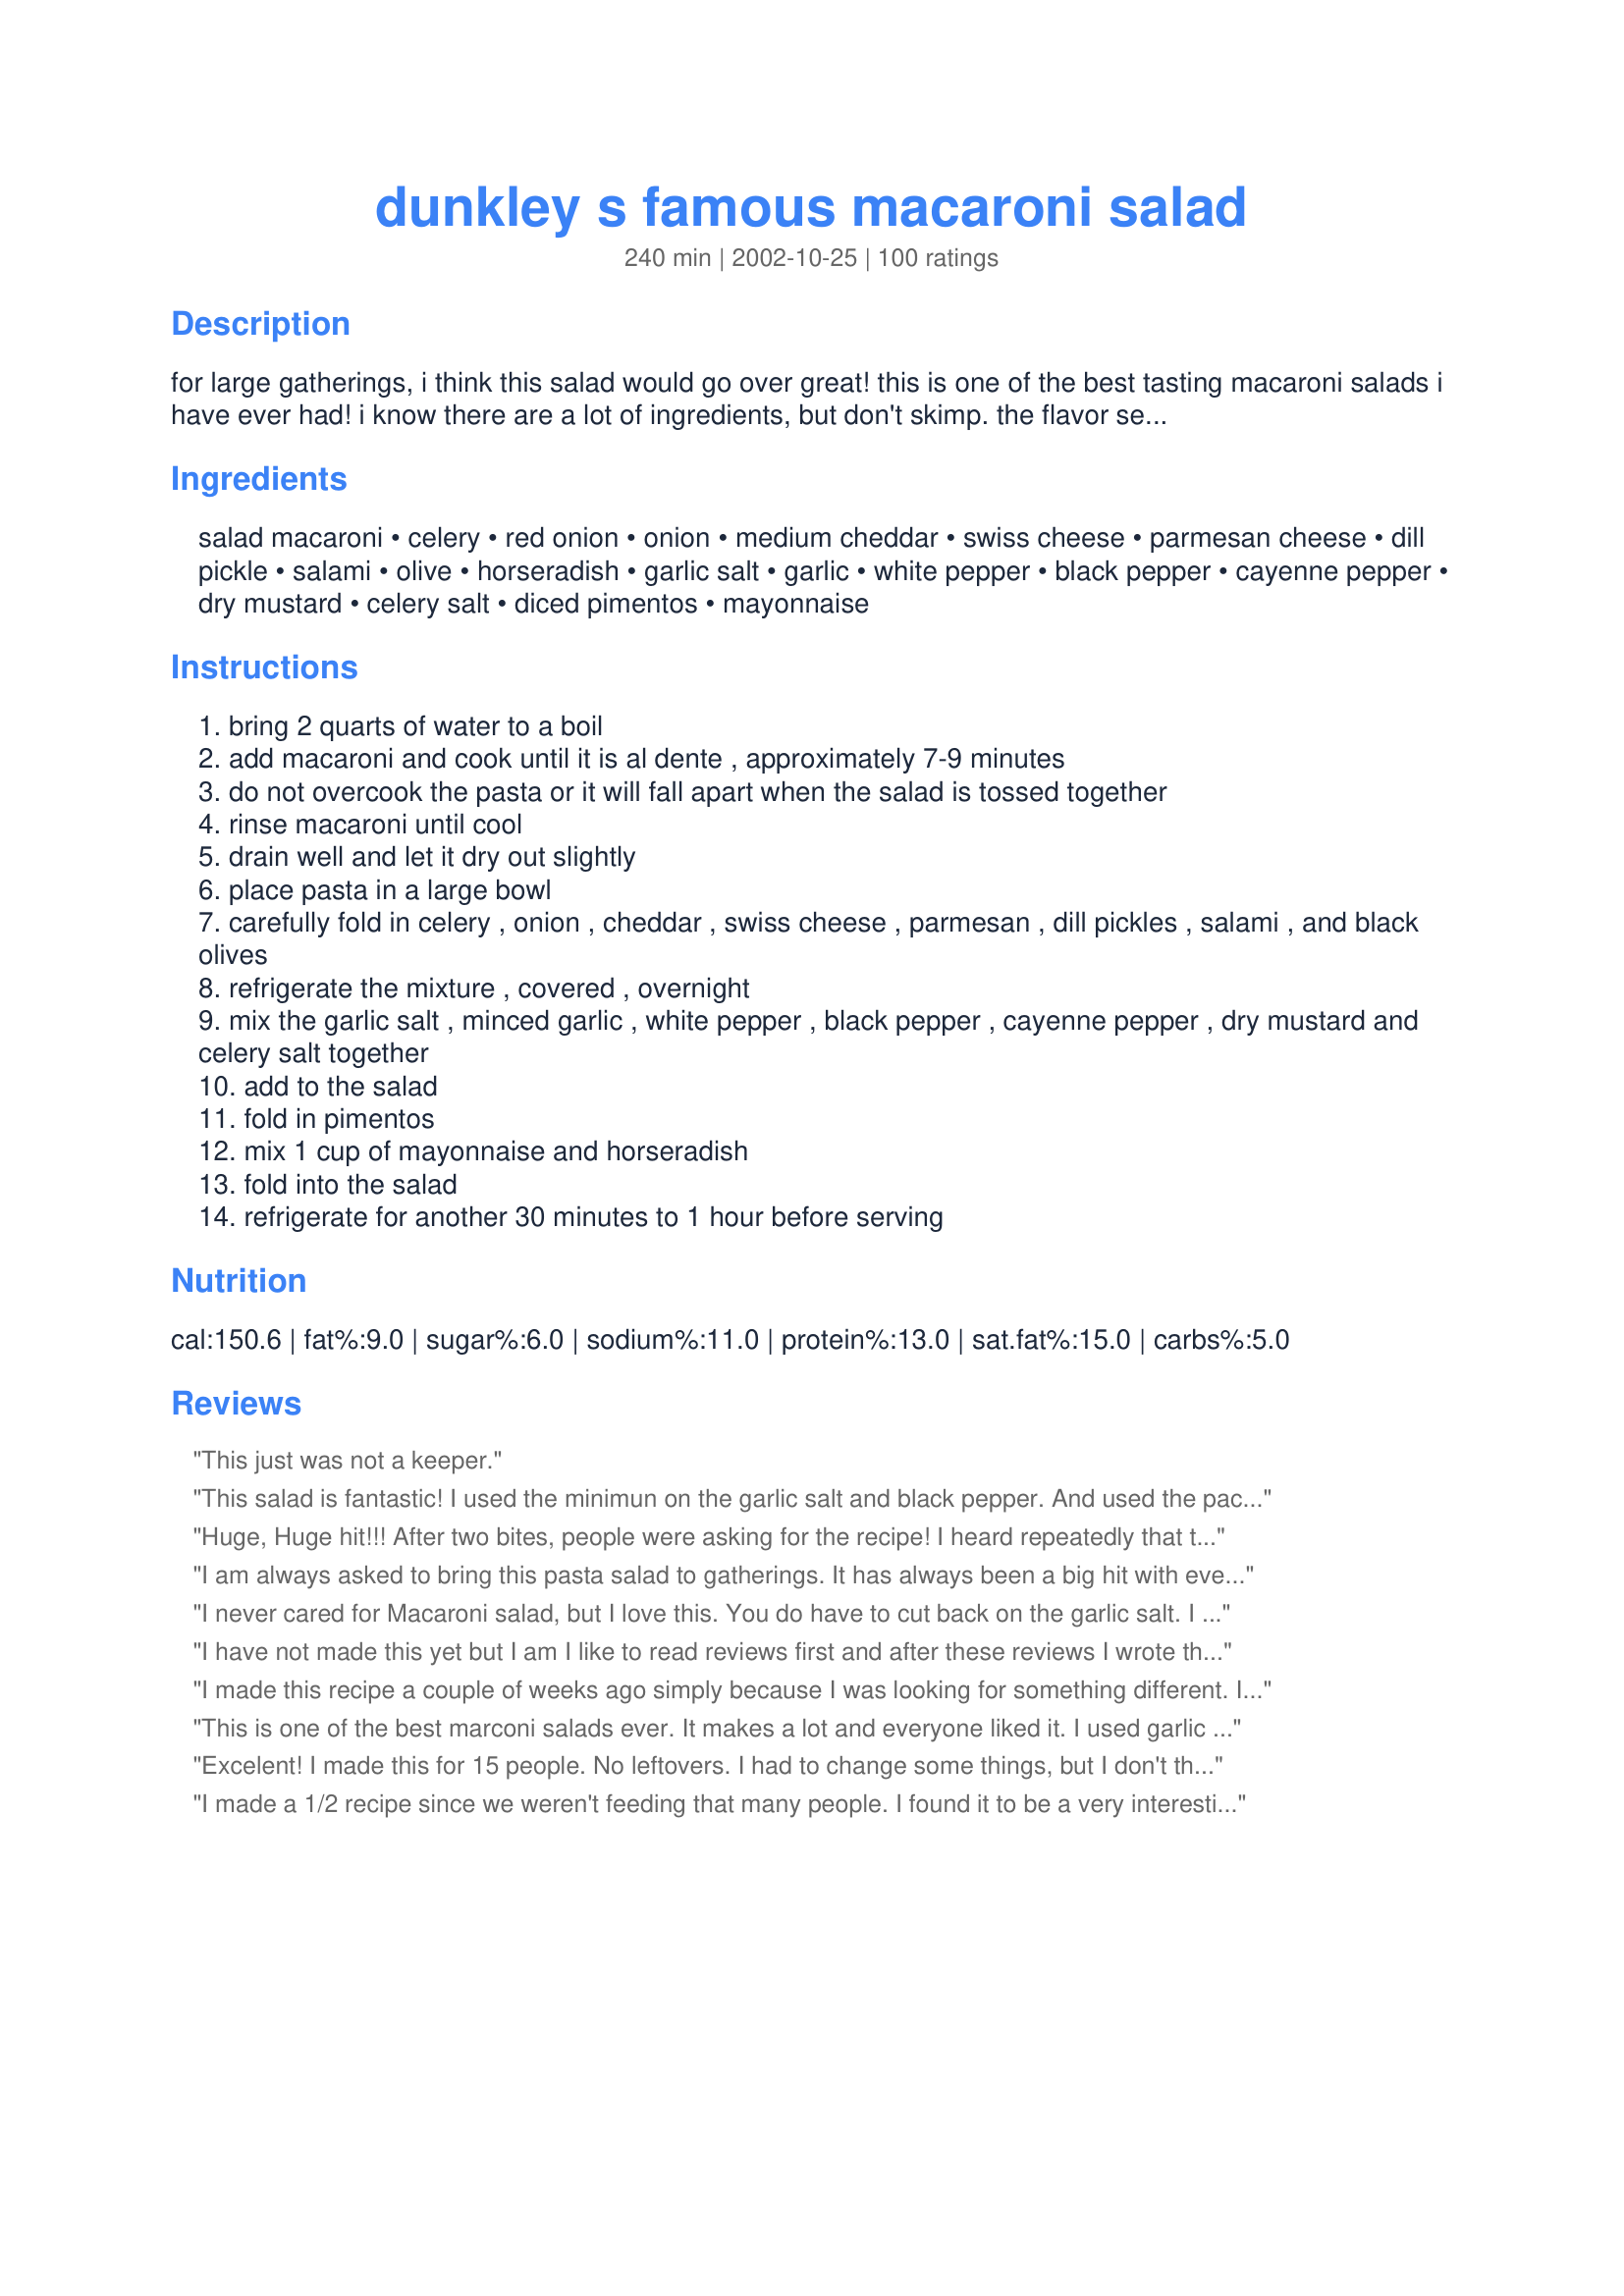
dunkley s famous macaroni salad
Preparation time: 240 minutes

for large gatherings, i think this salad would go over great! this is one of the best tasting macaroni salads i have ever had! i know there are a lot of ingredients, but don't skimp. the flavor sensation is absolutely incredible!! i saw this on food network's 'calling all cooks', and got the recipe from the website. this recipe serves about 25 people.
note: the original recipe calls for 1-2 tbsps. garlic salt, and that's the way i entered the recipe. if you are salt sensitive, i suggest you use less. you can always add more.

Ingredients:
salad macaroni, celery, red onion, onion, medium cheddar, swiss cheese, parmesan cheese, dill pickle, salami, olive, horseradish, garlic salt, garlic, white pepper, black pepper, cayenne pepper, dry mustard, celery salt, diced pimentos, mayonnaise

Steps:
bring 2 quarts of water to a boil
add macaroni and cook until it is al dente , approximately 7-9 minutes
do not overcook the pasta or it will fall apart when the salad is tossed together
rinse macaroni until cool
drain well and let it dry out slightly
place pasta in a large bowl
carefully fold in celery , onion , cheddar , swiss cheese , parmesan , dill pickles , salami , and black olives
refrigerate the mixture , covered , overnight
mix the garlic salt , minced garlic , white pepper , black pepper , cayenne pepper , dry mustard and celery salt together
add to the salad
fold in pimentos
mix 1 cup of mayonnaise and horseradish
fold into the salad
refrigerate for another 30 minutes to 1 hour before serving

Reviews:
This just was not a keeper.
This salad is fantastic! I used the minimun on the garlic salt and black pepper. And used the packaged really smal ham chunks, abt 1/4 inch, I used the real Grated Parmesan cheese - not the green can stuff! I don't care for Mayo, but in this recipe, it is almost a must, I tried the Miracle Whip Salad dressing and it isn't that good with this salad. Also I used more mayo, as I wanted it creamer! Great for summer reunions etc. if you can keep it cold. Would love to find more recipes as good as this to serve
Huge, Huge hit!!! After two bites, people were asking for the recipe! I heard repeatedly that this was the best pasta salad they had ever eaten.

Notes: Didn't add as much onion -- 3/4 cup of each (red and white). Did not add dill pickles. Had chopped more than a cup of each of the cheeses and salami, so just threw it all in. Used more mayo and more horseradish -- just a personal preference -- gave it a creamier texture and a little more kick. 

Thanks for a wonderful recipe!
I am always asked to bring this pasta salad to gatherings. It has always been a big hit with everyone!
I never cared for Macaroni salad, but I love this. You do have to cut back on the garlic salt. I use 2 teaspoons and shake the garlic salt well before I use, Most of the time I prefer to use garlic powder and that evens the salt out. I can never find powdered horseradish. I leave it out or sometimes just mix a dab of horseradish out of the jar in with the mayo. I have also substituted the swiss cheese with white jack or white cheddar in a pinch. This salad adapts very well.
I have not made this yet but I am I like to read reviews first and after these reviews I wrote the recipe down for my cookbook I take to lake with me I want to try different recipes this summer and this is going to be one of them. I see it was salty to some so I thought I might use garlic powder instead of salt I will decide that when I make it and will let you know what I think
I made this recipe a couple of weeks ago simply because I was looking for something different. It was wonderful. Last Sunday I thought I'd make "plain old" macaroni salad but just couldn't do it after trying this fantastic recipe. I came running back to RecipeZaar to find this recipe (thank goodness I added it to my cookbook). I don't think I'll ever make macaroni salad the old fashioned way again! This is definately a keeper!
This is one of the best marconi salads ever. It makes a lot and everyone liked it. I used garlic powder in place of garlic salt. Sometimes I used the packaged diced ham in place of salami. It does take more mayo. I use the regular macaroni also. My recipe calls for sliced black olives. Sometimes I cut back on the salt a little.
Excelent! I made this for 15 people. No leftovers. I had to change some things, but I don't think I changed the recipe. I have to cut out salt where I can. Instead of garlic salt, I added extra garlic, to the tune of 9 cloves. I had no white papper, so I add extre black pepper. Instead of celery salt, I used celery seed. Otherwise, cooked as required. If I didn't pull some before it left, I would not have had a chance to taste it. When is the next party?
I made a 1/2 recipe since we weren't feeding that many people. I found it to be a very interesting mix of flavors and enjoyed the chunks of cheese and salami very much. As is the recipe is a bit too peppery for me, so next time I will cut back on the pepper some. Just a matter of personal taste that will not deter me from making this recipe again.
I have been making this recipe for 10 years.....I also got it from a friend who saw Calling All Cooks. I give it 4 stars because the amount of salt called for is WAY too much. If you make it as is, it will be unpalateable. Cut ALL the salty ingredients in half and it will still be well seasoned. If you do that, this will be a TEN star recipe. Seriously. Also, I just mix it all up at once. I don't do the step to let it sit overnight in the fridge before mixing everything in. I just stir it up and let it sit in the fridge a few hours for the flavors to blend. If it sits overnight, I add extra mayo the next day to moisten it. You can tweak the ingredients....for instance, I leave out the olives and I fresh mozzarella instead of swiss cheese. You can't lose with this recipe.....as long as you halve the salt!
Yum Yum!!! This was so good! I took it to a fellowship dinner and it was devoured! I omitted the salami and the parmesan cheese and added frozen peas. I used the black olives and added green olives too! Thanks for a great recipe!
This is the BEST. I halved the recipe since it was for just the 6 of us. It was soooo good. I can't wait for the next time i'm asked to bring a salad, this is my "go to" salad from now on....thank you, Stephanie
I made this to take to my father-in-law's B-day party and it was a huge hit! I got several requests for the recipe. I followed the recipe exactly, except that I forgot to add the fresh garlic. However, it was still delicious! This recipe is a keeper!!!
When I read the list of ingredients, I was skeptical but I forged ahead. I needed a large, make ahead side dish for a brisket cookout & this fit the bill. The bowl was clean in no time. Thanks for sharing.
I originally saw this on Food Network, and have been making this salad for 5 years now...it is soooo good! I usually omit the white pepper (personal preference), and leave out the horseradish. I also omit the yellow onions and just use 1 cup of red onions.
YUM!!!!!!!!!! My mouth is burning though. I used the full 2 tbsp of fresh garlic and 2 tbsp of garlic salt. Next time I'll cut the garlic salt to 1 tbsp. I think all of the flavors are wonderful. I only used 1 cup of the mayo but I did add a tad more horseradish (could that be another reason my tongue is burning?) I agree with everyone else who says this will be the end to any other run-of-the-mill macaroni salad. Thank you!
Expected more. Cut down on the salt like others recommended. Don&#039;t like olives so skipped that. Otherwise followed recipe. It was good just not great.
This came out perfectly. Its definitely the best macaroni salad I have ever had. Thanks for the great recipe.
I usually find macaroni salad made with mayo very blah. Not so with this one. It had lots of flavour. I omitted the olives and pimento and it still tasted great. I will definately be making this again. Thanks
Can you stand one more praise. This was just great. I made it exactly as written even after I read the comments and I loved it. I hesitated on the salami, because I hate it, but realized with the other ingredients, I probably wouldn't even notice it. ha I did buy the mildest salami I could, Kosher. I loved it and glad I didn't omit anything, irregardless wither I liked it or not. I have realized after cooking this many years, we have recipes that work, mostly because of their combinations and I try not to change them too much, if I read great comments. Thanx this is a great pot luck also
We really enjoyed this recipe, little bit of kick to it. Thanks.
Miss Annie, I'm not going to rate this one as I think it's just a matter of adjusting it to our own tastes. The ingredients are wonderful but it was just too salty. I will make it again though and perhaps not put as much garlic salt. :)
I made this recipe for 8 and turned out great. I will be adding more mayo as I like it creamy. Great flavor.
Great macaroni salad! I made half the recipe, used shredded cheese and substituted horseradish mustard. I did add more salt and it was even better the second day..
Thanks Miss Annie for a great recipe!!
Not quite what I was expecting, but very good. I kinda messed up - I halfed the recipe, but forgot to half the spices. It sure did have a zing to it. I'll definitely try it with the normal amount.
I made this, as written, for a group of 50. The spices were way too overpowering and it was too salty. It was barely touched and it smelled up the room it was sitting in. However, I think I will try this again and just tone down the spices a lot. Maybe cut back on the amount of onions too.
I made this recipe for a party . It disapeared. what more can I say! woz mom of 6 boys
Husband thought it wonderful. In fact, he requested I make it for a company event. For personal preference: ham from the deli in place of salami, relish instead of dill pickle, more red onion and less white(the white is very stong), omitted olives/pimentos, celery seed because didn;t have celery salt, and a horseradish/mustard blend. Still great!
This makes a ton but it can be reduced to feed a smaller bunch of folks. Like some of the members said, it was way too salty. I made it a second time and totally omitted the garlic salt and used garlic powder in it's place, omitted the celery salt and used celery seed in it's place, and used fresh jarred horseradish in place of the dried. I think with all the sodium and salt in the cheese, pickles, salami and black olives, you are getting enough salt flavor. No need to add more, in my opinion.

With those changes, we now love this salad and it has become one of our favorites to have at dinner time or family functions.

Thanks for sharing.
I forgot to rate this recipe when I tried it last year, but then saw the last reviewers comments I wanted to add my own. It was absolutely, way, way too salty. I mean over the top salty. To be honest, I cannot accurately rate this recipe unless I try it again with no salt whatsoever and go from there.I was so disappointed because it ruined the entire thing...all that money went down the tubes. I recommend that the recipe be altered to reflect this information...you can ALWAYS add salt, but never take it away...
This is great tasting pasta salad that is full of flavor. I've made this recipe twice. The second time I made a few changes. I reduced the amount of garlic salt to 1 teaspoon and I added 1 tablespoon of sugar. I also reduced the amount of olives to 1/2 cup and the onions to 1/2 cup each. Thanks for sharing this excellent recipe. I will make it again and again.
Made this for a family gathering and ir was the first to go! A MAJOR hit!! We actually had all these ingredients on hand except for the pimentos and had to go get those. I didn't change a thing, this is just wonderful! And I did use the full 1-1/2 cups mayonnaise. It was very creamy and delicious. Thanks Miss Annie, I love your recipes!!
I was scared to make this, but with so many glowing reviews I had to give it a try. Even while I was making it I doubted it would be good. Then, even before it had chilled overnight, I took a bite. YUM. This salad is so different, and the combination of flavors WORKS, so don't be frightened! The only change I made was omitting the pimento (didn't have any on hand) and omitting red onion (personal taste). I will make this again and again... This is definitely a KEEPER.
This was extremely salty. After reading several reviews, I decided to only use 2 teas. of garlic salt. It was still too salty. I think you could skip it altogether. There's enough sodium in the other ingredients to satisfy. Sorry.
I thought this was great! I brought this a tailgate party before a Brewer game and everyone loved it! There are a lot of different components in this salad, but the flavors go so well together. I did not have dill pickles or dry mustard, so those two were not in my salad. Other than that I followed the recipe. Thanks for a great recipe!
This recipe was great! I made it for a gathering with friends and it was a hit. You really have to use all the ingredients (as I know it gets expensive) to get the amazing flavor. It makes a lot so cut down the servings if you are just making it for a few people. Thanks for the post!
We LOVED this recipe! I happened to have Horseradish Cheddar which was perfect with the extra zing. I also threw in some roasted red peppers, hard boiled eggs and frozen peas. I didn't have salami, but used summer sausage instead. I will definitely make this again, and it goes to the top of the list for my favorite macaroni salads.
Made this on easter for a brunch, it was a hit, but I thought the dry mustard was too much
WARNIGN!!! Please read this before making this recipe. There is way to much salt in this, and I am a salt aholic! I wish i would have taken the advice of a previous review. I made this as directed and it took a lot of adjusting afterwards to salvage this. I think this would be a wonderful salad if you were to cut down on the galic salt. I will make this again because I love the combination of the other ingredients, but will start with 1 teaspoon of garlic salt and then adjust from there. I have to wonder if the measurments of the garlic salt is a type-o.
We had mom and dad coming over for chicken on the grill, and I wanted a pasta salad to go with it. From all the good reviews I thought this one would be good to try. I used garlic powder instead of the garlic salt, where I was already using celery salt. With the salty meat and cheeses, I didn't want to overpower it, so it didn't taste good. I will make again sometime, but will probably use a low sodium ham in it, or none at all for that matter! Also, I will leave out the horseradish, as I'm not crazy about it in this dish. Thank you!
I got to say this has to be the best macaroni salad I ever had! I saw this when it was on calling all cooks and I knew I had to try it, but never did, until now. It turned out perfect and tasted wonderful! Thanks Miss Annie....
Maybe this wasn't the "hit" I expected because I reduced the size of the recipe to serve 8? It was ok... more mayo and less spice/horseradish? It did have a great texture - crunchy and smooth. I'm not sure I'll put the energy into this one again.
This was good, although a little too spicy for our tastes. I served it to 4 adults and 4 kids, half of each liked it alot, the others thought it was too spicy.. I did get a request for the recipe from one that liked it. I'll probably make this again, but perhaps cut back on the cayenne and the horseradish just a little bit. It makes a huge amount! Thanks for posting this, Miss Annie.
This is without a doubt the best pasta salad I have ever made or eaten. I recommend it to everyone! Miss Annie, I have loved every recipe of yours I've ever made. You are a gold star, that is for sure!
I only made half of the recipe and it was really good. I like the combination of spices. I didn't use the pimentos, personal preference, but followed the recipe other than that and halving it. Next time I think I'll add half dill pickles and half sweet pickles and maybe a hard boiled egg.
This was a pretty good macaroni salad. I did add some sweet relish and some miracle whip with the mayo to sweeten it up a bit. I didnt want to go out and buy salami, so I just chopped up some deli style pepperoni to put in it. This is a go to recipe to make for a crowd. My boyfriend who doesnt like macaroni salad said he even liked it. Thanks for the recipe!
Sorry, nobody liked it. It was too hot and not worth the expense of the ingredients to try to figure out what we did not like.
If there were more than five stars this recipe would get them. I made this for a BBQ and it was a big hit! Everyone loved it. I doubled the recipe and used colby jack cheese along with the swiss and cheddar. I also went through all of the steps the day before the BBQ, put it in the fridge, and added the mayo and horseradish the day of the event. I will be using this recipe again and again!!!
Hubby won't eat eggs, do you think plain yogurt would work?
Flavor sensation is right! Wow, I love foods that have a little kick to them, and this salad certainly does. The ingredients are absolutely perfect - enjoyed by all - even my DH who doesn't really like cold salads. A keeper for us!
Too many ingredients.... You lose the flavor of the pasta.
I successfully quartered this a few wks ago. WOW, what took so long for me to try this?? It has such great flavors and I have been asked to repeat this.
With such a high rating, I was willing to invest in this recipe.
I followed the recipe exactly.
This wasn't anywhere near the rave reviews it had been receiving. The flavor was off and it was quite spicy.
I gave it 3 stars because I won't throw it away but I certainly won't make again.
I've made this several times and it's always a hit! I use shredded cheese because it's just easier and I mix up all the ingredients at once and refrigerate for several hours. Try it!
I have been making a recipe very similar to this for many years &amp; everyone in my family loves it! My husband has even learned to make it himself. The ingredients I use are: diced sharp cheddar cheese, diced Spam, sliced black olives, macaroni pasta, sliced green onions, sliced celery, mayonnaise, touch of mustard, salt, black pepper &amp; dill. The last 3 ingredients are to taste. I truly recommend this.
This pasta salad was absolutely terrific. I made it exactly as the recipe directed, except I too substituted shredded for cubed cheese. I took it on a weekend camping trip and it was a huge hit. Thank you for sharing this great recipe :)
I have made this several times for family get togethers and always get raves from everyone. On occassion I have left out the salami and the cayenne pepper but it tastes great either way! To simplfy the process I make the dressing then mix it with all the other ingriedents- chill overnight and it is still delicious!
Best macaroni salad I have every made, without a doubt. We had a big family get together and it was one of the most popular dishes I served. The mayo sauce is definitely the clincher. Thanks Miss Annie. Appreciate you.
I made this yesterday for a party of 30+ people and everyone enjoyed it. I'm surprised that the kids liked it more than the adults! Thanks for posting a good and simple "large gathering dish."
This is not a run of the mill Macaroni Salad. It is the most wonderful macaroni salad Iâ€™ve ever tasted, and Iâ€™ve always gotten nothing but raves when Iâ€™ve taken it to potlucks, picnics and other togethers. I never imagined a macaroni salad tasting so good! The flavors blend together in a very unique way to make a one of a kind Macaroni Salad that parallels no other.

It is a little time consuming but if all the ingredients are measured and ready before you start, itâ€™s much easier to do. Although it can be made and served almost immediately, itâ€™s full flavor doesnâ€™t develop until itâ€™s been allowed to sit, refrigerated for several hours or overnight. Also, this seems to take the edge off of the saltiness that some people seem to notice. Regarding the saltiness: First, I add no salt at all. Iâ€™ve found that using freshly grated horseradish rather than prepared, garlic powder rather than garlic salt and celery seed rather than celery salt which helps to control the salt content.

This recipe, if made in the quantity as printed is very large. While eating it is never a problem, finding a bowl large enough to mix all the ingredients together may be! When I first made it, I had to mix it in two batches and turn it out into a larger bowl that would hold the entire recipe.

If you make this Macaroni Salad, unless someone just doesnâ€™t like Macaroni Salad, they will fall in love with it . . . No question about that!
I made this for the second time and added bacon instead of salami. WOW! We loved it. Best macaroni salad that I have ever had.
Well, this is the best macaroni salad ever!!! I just threw all of my old recipes away. I cut this in half and it still made a ton of incredible salad. I used whole wheat macaroni and low fat cheese and no one knew. Piggy noises all around.
Sorry Miss Annie, but hubby and I didn't care for this macaroni salad. It was too salty, and hubby said there was no taste to it. 
I had to throw it out.

This was a delicious salad! I would highly reccomend putting half as much of the minimal amount of garlic salt, and adding more to your taste later..It was pretty salty, so I put a little more mayonaise. Other than that though this is a pretty impressive macaroni salad, I will be making this one again! Thanks Miss Annie!
This was one of the dishes Miss Annie recommended for our wedding. Wow. We gave it a test run day before yesterday and it is ALL GONE. For the wedding, I think we will make it a bit more local, by leaving out the salami and seasonings, and using shrimp, crawfish tails and Tony Satcheries' (sp). Everyone loved it, even the picky family members! Thank you!
I agree that you need to be very careful with the addition of any salt. When you salt to taste this is the best macaroni salad ever!
I made this to take to a bridal shower/luncheon. It makes a lot which is what appealed to me. I made it the night before and stored it in the frig. The flavors of the different ingredients melded nicely. Was well received at the shower and I got a few requests for the recipe. Thanks Miss Annie.
I really liked this salad! Although I scaled the recipe way down, it worked successfully. I used shredded cheeses and omitted the olives. Also, I mixed everything all together before refrigerating. The seasonings all melded together perfectly. Thanks for posting the recipe.
This is my favorite pasta salad of all time. Yum!
This is the best!! The flavors and textures are amazing.
I am giving it 4 stars because I did not care for the dill pickle taste in the salad,it seemed to overpower the other ingredients,other than that it was wonderful.The other combining flavors are very mellow and just right and the salad was not difficult to make,and it makes a pretty presentation.I halved the recipe and it still made a ton,so between hubby carrying it to work and me having it for lunch every day,we should have it polished off in a few days.
I love macaroni salad and this is a good one. Worth every bit of effort which, in my opinion, is not that onerous.
Loved this recipe. I used light mayonnaise and the flavor was still great. Thanks
Made it just as directed...
Are you sure this is supposed to be 1-2 TABLEspoons salt, plus the celery salt? I only added 1, but this was still so horribly salty, that even hubby couldn't eat it, and he likes his food salty...I even tried to ad sugar, but that didn't help either....Had to throw out the whole pot.
I kept on going over the amount of ingredients again and again, because it has a lot of good ratings, but I did it exactly the way it was written. I even did the addings and the resting step by step, instead of throwing it all together....
Very good macaroni salad, as it is. Especially the dressing is tasty indeed, but I think, next time, I would change some salad ingredients. I would add more horseradish and decrease amount of onions, or use some pickled onions, instead, to get more pickle flavor in the salad. It was just a little heavy on the salty, fatty ingredients, so might add some chopped red pepper, or corn niblets, for example.
This was very good as written and a great hit, however a little too salty for me, but not everyone else. The second time I made it I omitted the salami and the seasoning salts and switched from dill to sweet pickles. We like it very much. Thank you! Margie
This is the most addicting food I've ever had!
Just made this for a bbq And everyone loved it Thanks
I made this salad for a small gathering because I remember seeing it once on FoodTV! Very pleased with this - makes a lot and tastes great. I was leary about the amount of seasoning - so I held back a bit on the salt! Very creamy - I think letting it refrigerate overnight made the difference.
I served this recipe at a fourth of July party and everyone seemed to like it. With all the ingredients it does take some time to prepare but the efoort is worth it. Thanks !
I fixed this for a large gathering and there wasn't any left to bring home! I had several requests for the recipe. This was an easy salad to put together and I liked the fact that it sat overnight without the dressing. That was added the next day. One note: I've found that if a macaroni salad has to sit before being served, that a few tablespoons of warm water added will bring back the creaminess without having to add more mayo. Thanks for a great recipe, will be making this one again for sure.
I made this for a large gathering and followed the recipe almost exactly. I basically left out the pimento's and replaced the salami with chunks of ham.

I'll be making it again tomorrow for the same group - they LOVE it!

This is a keeper!
I originally had printed this recipe off of the Food Network site some time ago, but didn't get around to making it until two days ago. Of course, once I decided to make the salad, I couldn't find my printed copy. Lo and behold, Zaar to the rescue once again! Anyhow, this salad was great! I brought this to a work potluck, and someone even asked to take home what little salad I had left over after the party. I made it pretty much as written, except I used beef summer sausage for the salami, and I added about 1/2 cup chopped stick pepperoni, too. For the pimientos, I chopped up a couple of roasted red peppers (I prefer the roasted peppers). And I used a whole small jar of mayo (I have a Miracle Whip family, so the 1/2 cup left over in the jar after I measured out the required 1 1/2 cups wasn't going to be used otherwise). Okay, other than that, everything as written (yes, I'm a notorious recipe-fiddler) lol. Thanks for posting!
Our family LOVES this macaroni salad--it is definitely top of the list for us. One thing to be very careful with, however, is the SALT. I'd try it first with just half the salt called for; you can always power it up. I usually use a cup of mayo and half cup of miracle whip, just because we light a little bit of sweet to go with all the salty. Great recipe!
This macaroni salad was great! I halved the recipe as it was just a side dish for our family dinner. I had to make a few changes, but would loved to had tried it as is. I omitted the swiss cheese and salami. Instead of using black olives and pimentos, I just used a jar of green olives stuffed with pimentoes and diced them real small. Instead of dry mustard, I used spicy brown mustard and also omitted the celery salt. I used Miracle Whip instead of Mayo because my husband prefers the zing! There were no left overs and we enjoyed it very much!
I make this a lot for potlucks and cookouts. It is easy to make and can be adjusted to tastes. It is great as is though and always gets rave reviews. Don't let the number of ingredients scare you off. Only gets better with age.
I thought the list of ingredients might have been shortened in that there is garlic salt and minced garlic, white and black pepper, horseradish and cayenne also red and white onion. Redundant! Not really liking this recipe but did not hate it either. Only thing I did not the same as called for is changed garlic salt to powder and left out meat because of sodium content. Salt is bad for me.
My family loved this pasta salad! I didn't add the horseradish, cayenne pepper or pimentos because I didn't have the ingredients and we were having a major snow storm so I didn't want to drive. It was sooooo good without the other ingredents and will definately make this again.
OK, normally I don't care for macaroni salad, but I wanted another salad to serve at a baby shower I was hosting this past weekend and I know that a lot of people like macaroni salad. I have to say that this is not your usual macaroni salad. I LOVED this and have been eating it non-stop since Sat (I wasn't even going to taste it)! On Sunday after eating cold left overs all day, I wanted something hot, so I popped some of this salad in the microwave and it was great hot! This recipe is definitely a keeper! Thank you!
I cut the recipe in half and substituted scallions for the yellow onions as I don't like my pasta salads very oniony. I liked it and thought it was tasty but it didn't blow me away. However, my DH and friend absolutely loved it so that is good enough for me to make again. I will definitely make it again as it was hearty and was very flavorful.
I have been making this for years! It is a dish of delish!!
I loved this recipe. I was looking for something to serve a crowd and choose this because it was different that what I normally make. It was a big hit. I heard the comment it was "hardy" more than once. I added a bit more mayo than the recipe asked for but kept everything else the same.
First note: set aside some time to make this salad. This was a great salad. I wanted to try it for so long. I made the salad as written. It is a bit salty but you can always cut back on salt. It also has a little zing to it. I do not know if this is b/c of the horseradish, cayenne pepper or white pepper. I would leave out the black olives and pimentos next time. I do not think you need the pimentos and I feel the black olives do not belong in the salad. I suggest you make the original recipe(maybe cut down on the salt only) first. Then make your changes. Last note-This is not the type of macaroni salad you should make if you like sweet or store bought macaroni salad. Usually the store bought is too sweet and too mustardy. Thx for the great recipe!
What can I say that has not already been said. I too found this on food network.The ingredients sounded delicious and so I put it altogether just as the recipe called for. It was sooooo delicious and unbelievabe good that I have made it often. When all the flavors marry the taste is awesome. Now I am going to have to make again after just seeing the recipe on recipe Zaar. Thanks Miss Annie for jogging my memory.
From Pat Merwin
I had a hard time believing all these ingredients would work so well together but I finally made it with the attitude that someone on the web had said to just trust the recipe. I can't say enough about this salad. No one ingredient stuck out tastewise for me and the taste is indescribable because of that. Very interesting taste and we do vary green olives for the black and real bacon bits with the salami sometimes. Soooo glad I got the courage to just believe in the recipe and try it.
I made this for a large gathering this weekend, and it did not go over that well. I think maybe these Southern folks like a sweeter type of macaroni salad(?)
Anyway, my Southern born and bred husband and I really liked it, so I'm giving it four stars.
I made a half recipe and made a few small adjustments to suit my tastes: used all red onion (no yellow), no celery, all sharp cheddar (no swiss), half the amt of olives, only 1/2 tsp garlic _powder_, tarragon instead of celery salt, and the larger amount of mayo. Also didn't use the full amount of cayenne (just added what felt right) and after tasting it was glad as it had a kick to it! This seemed to go well at the potluck I made it for. Thanks for the recipe!
I maded this for my son's wedding reception, and it was a big hit.
My sister (the cook extraordinare) loved it too. Thank you Miss Annie, for submitting this one great recipe !!
This is a very good salad, but I do agree with reviewer LizP, in that the garlic salt is too much, hense the 4 stars. Let me tell you folks, not all garlic salts are created equal. I purchased an off brand one from a discount grocery store and it was (in my opinion) 90% salt and maybe 10% garlic. I tossed it out, and now just use garlic powder and salt to taste, if a recipe calls for it. The rest of this recipe I followed as written, and loved it.
